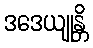
ဒဒေယျုန္တိ